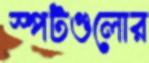
স্পটগুলোর